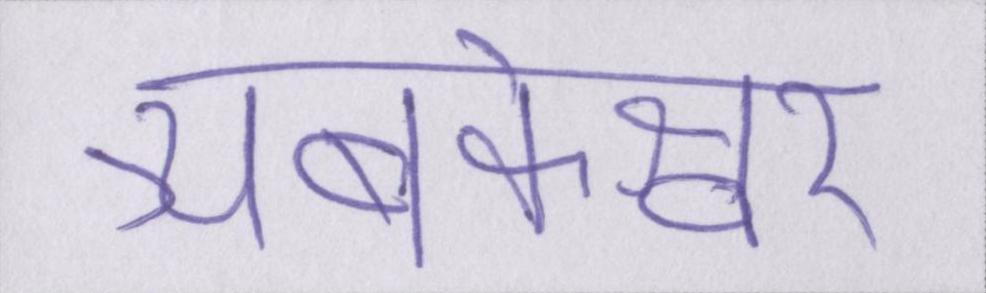
त्र्यंबकेश्वर